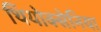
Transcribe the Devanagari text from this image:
थियोक्सेनिया